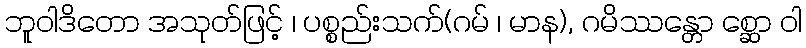
ဘူဝါဒိတော အသုတ်ဖြင့် ၊ ပစ္စည်းသက်(ဂမ် ၊ မာန), ဂမိဿန္တော စ္ဆော ဝါ